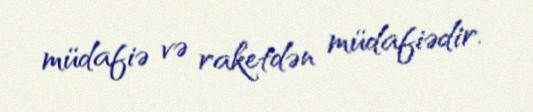
müdafiə və raketdən müdafiədir.